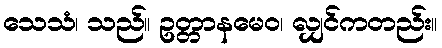
သေသံ၊ သည်။ ဥတ္တာနမေဝ၊ လျှင်ကတည်း။